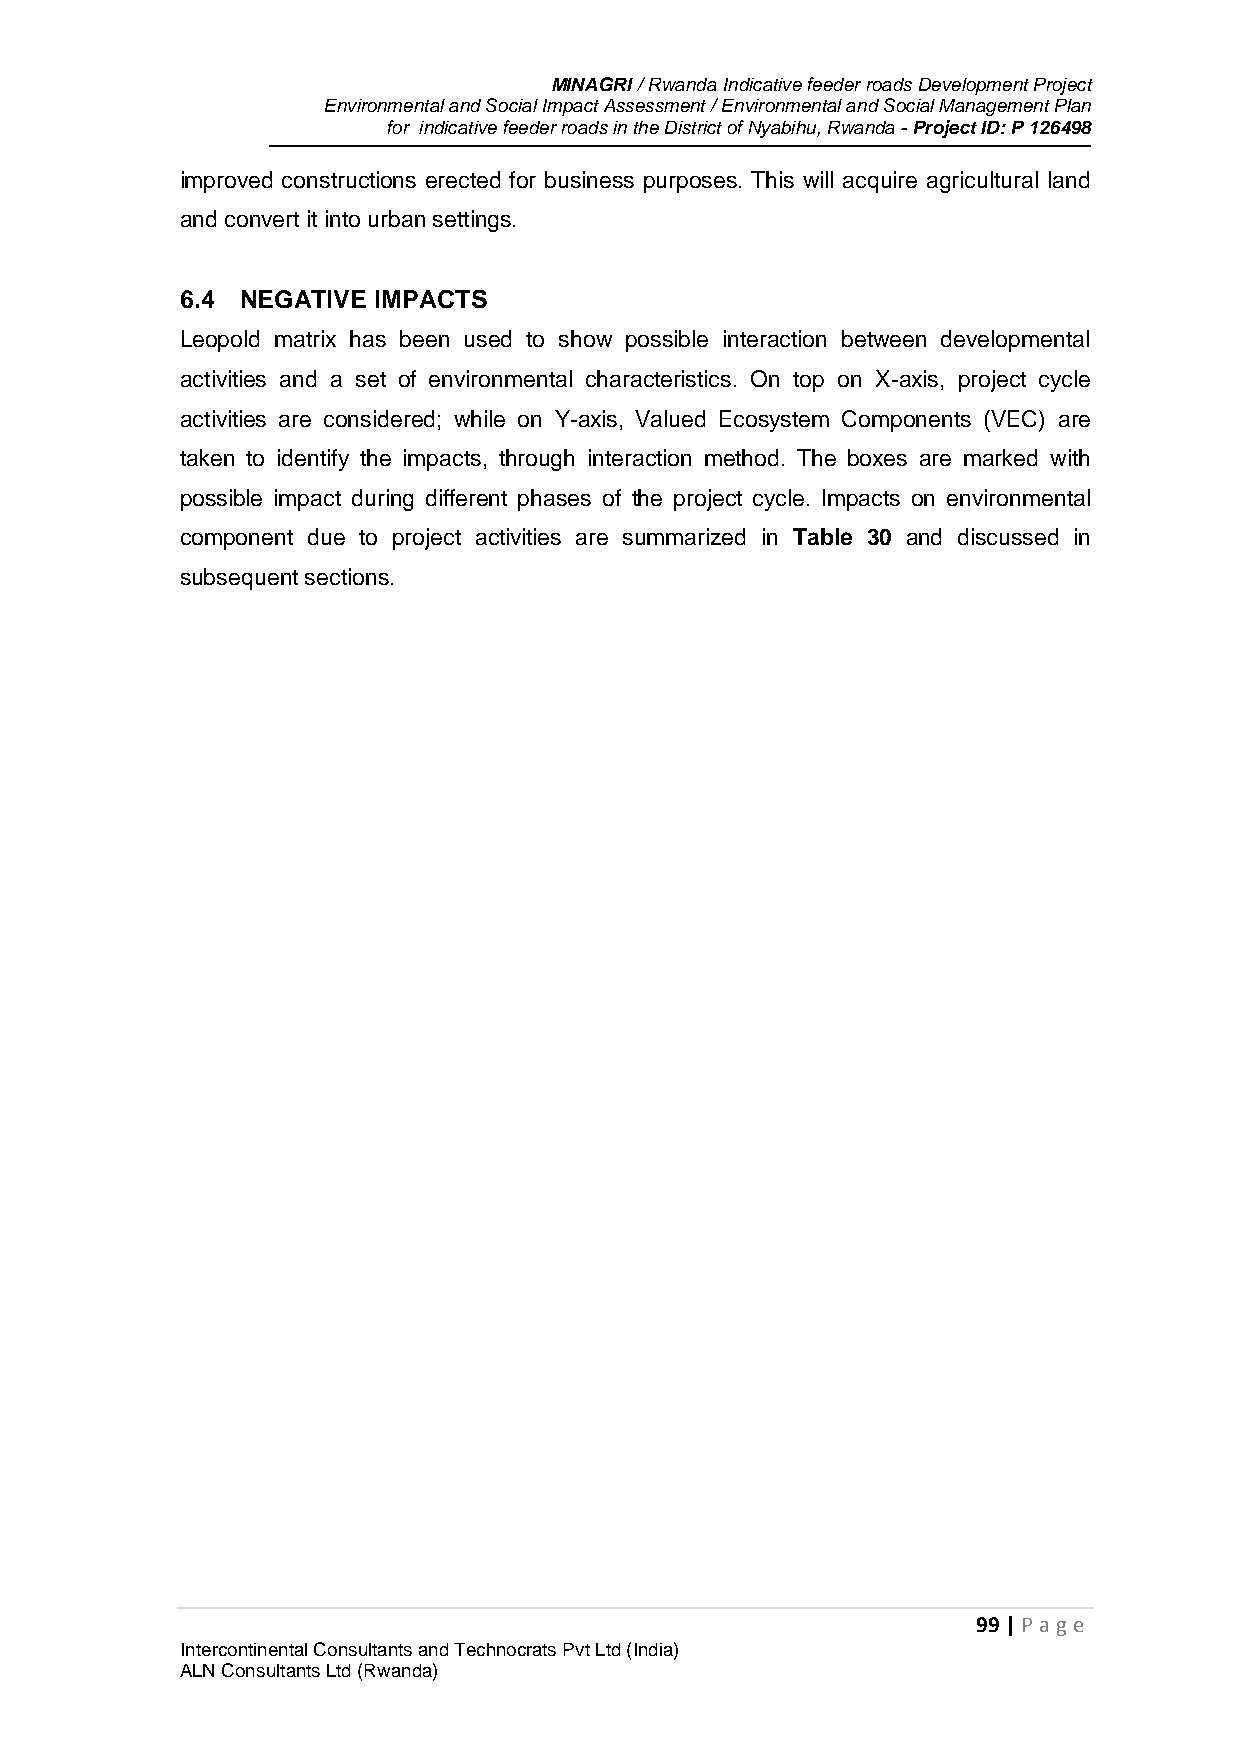
MINAGRI / Rwanda Indicative feeder roads Development Project
 Environmental and Social Impact Assessment / Environmental and Social Management Plan
 for indicative feeder roads in the District of Nyabihu, Rwanda - Project ID: P 126498
 improved constructions erected for business purposes. This will acquire agricultural land
 and convert it into urban settings.
 6.4 NEGATIVE IMPACTS
 Leopold matrix has been used to show possible interaction between developmental
 activities and a set of environmental characteristics. On top on X-axis, project cycle
 activities are considered; while on Y-axis, Valued Ecosystem Components (VEC) are
 taken to identify the impacts, through interaction method. The boxes are marked with
 possible impact during different phases of the project cycle. Impacts on environmental
 component due to project activities are summarized in Table 30 and discussed in
 subsequent sections.
 99 | P age
 Intercontinental Consultants and Technocrats Pvt Ltd (India)
 ALN Consultants Ltd (Rwanda)